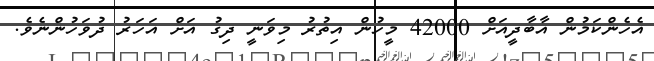
އެހެންކަމުން އާބާދީއަށް 42000 މީހުން އިތުރު މިވަނީ ދިގު އަށް އަހަރު ދުވަހުންނެވެ.